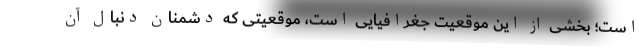
است؛ بخشی از این موقعیت جغرافیایی است، موقعیتی که دشمنان دنبال آن